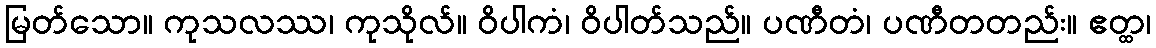
မြတ်သော။ ကုသလဿ၊ ကုသိုလ်။ ဝိပါကံ၊ ဝိပါတ်သည်။ ပဏီတံ၊ ပဏီတတည်း။ ဧတ္ထ၊